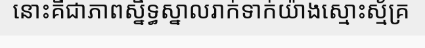
នោះគឺជាភាពស្និទ្ធស្នាលរាក់ទាក់យ៉ាងស្មោះស្ម័គ្រ